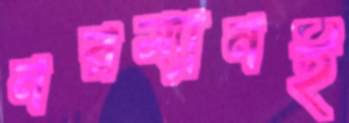
নরম্যানই